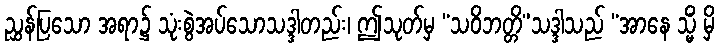
ညွှန်ပြသော အရာ၌ သုံးစွဲအပ်သောသဒ္ဒါတည်း၊ ဤသုတ်မှ “သဝိဘတ္တိ”သဒ္ဒါသည် “အာနေ သ္မိံ မှိ